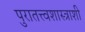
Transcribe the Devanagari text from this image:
पुरातत्त्वशास्त्राशी